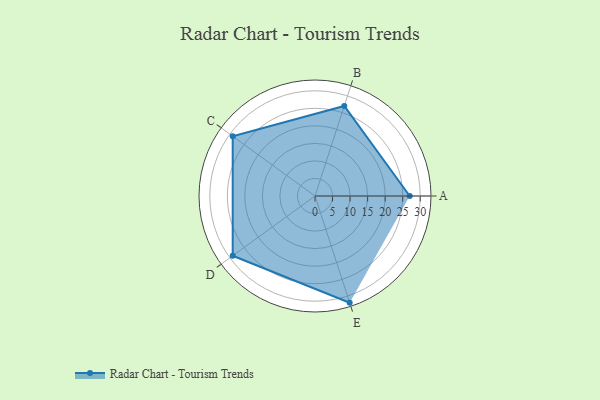
{"axis": {"x": "Skill", "y": "Score"}, "legend": ["Profile"], "data": [{"x": "A", "y": 27.0, "type": "Profile"}, {"x": "B", "y": 27.0, "type": "Profile"}, {"x": "C", "y": 29.0, "type": "Profile"}, {"x": "D", "y": 29.0, "type": "Profile"}, {"x": "E", "y": 32.0, "type": "Profile"}]}